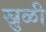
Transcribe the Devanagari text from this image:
खुळी